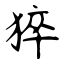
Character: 猝